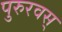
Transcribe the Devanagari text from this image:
पुरुरवस्‌